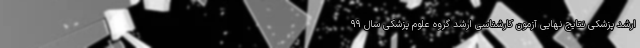
ارشد پزشکی نتایج نهایی آزمون کارشناسی ارشد گروه علوم پزشکی سال ۹۹